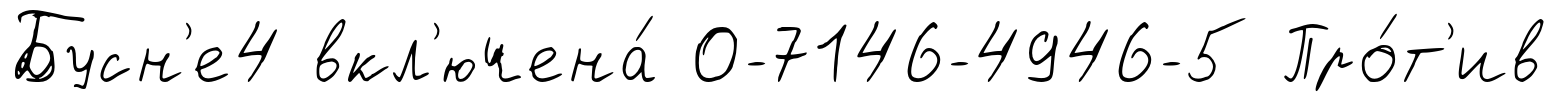
Бусн'е4 вкл'ючена́ 0-7146-4946-5 Про́т'ив